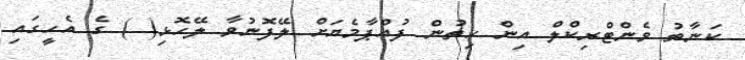
ކަނާތު ވެންޓްރިކްލް އިން ހިތުން ފުއްޕާމެޔަށް ލޭފޮނުވާ ލޭހޮޅި( ) ގެ އެހީގައި